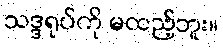
သဒ္ဒရုပ်ကို မထည့်ဘူး။